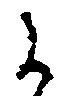
に